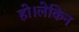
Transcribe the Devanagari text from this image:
हो।लेकिन